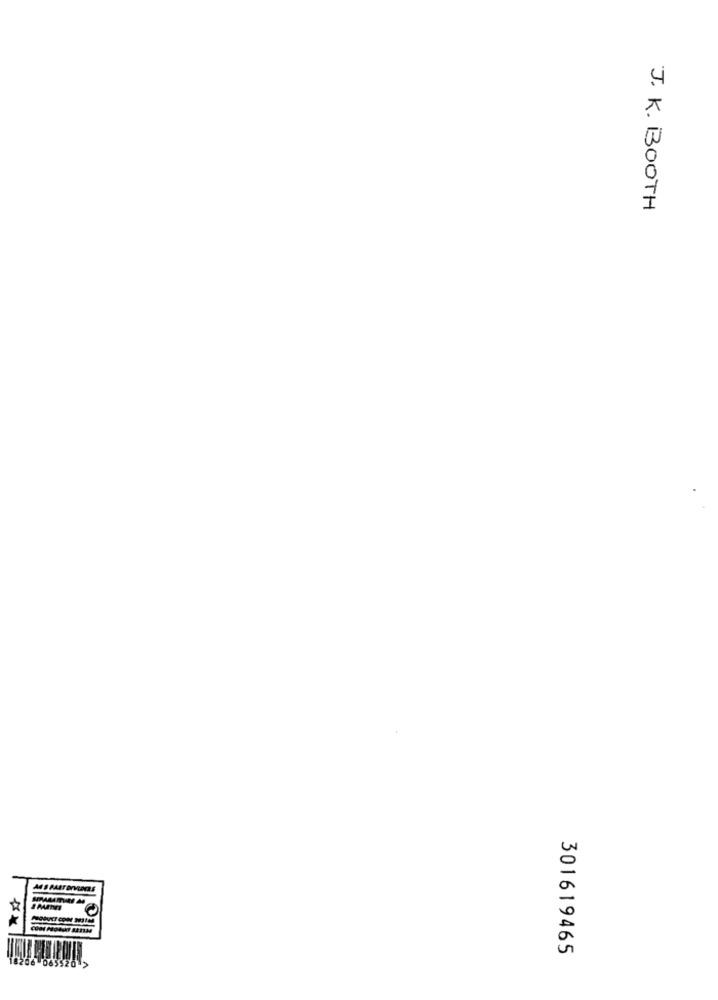
J. K. BOOTH
301619465